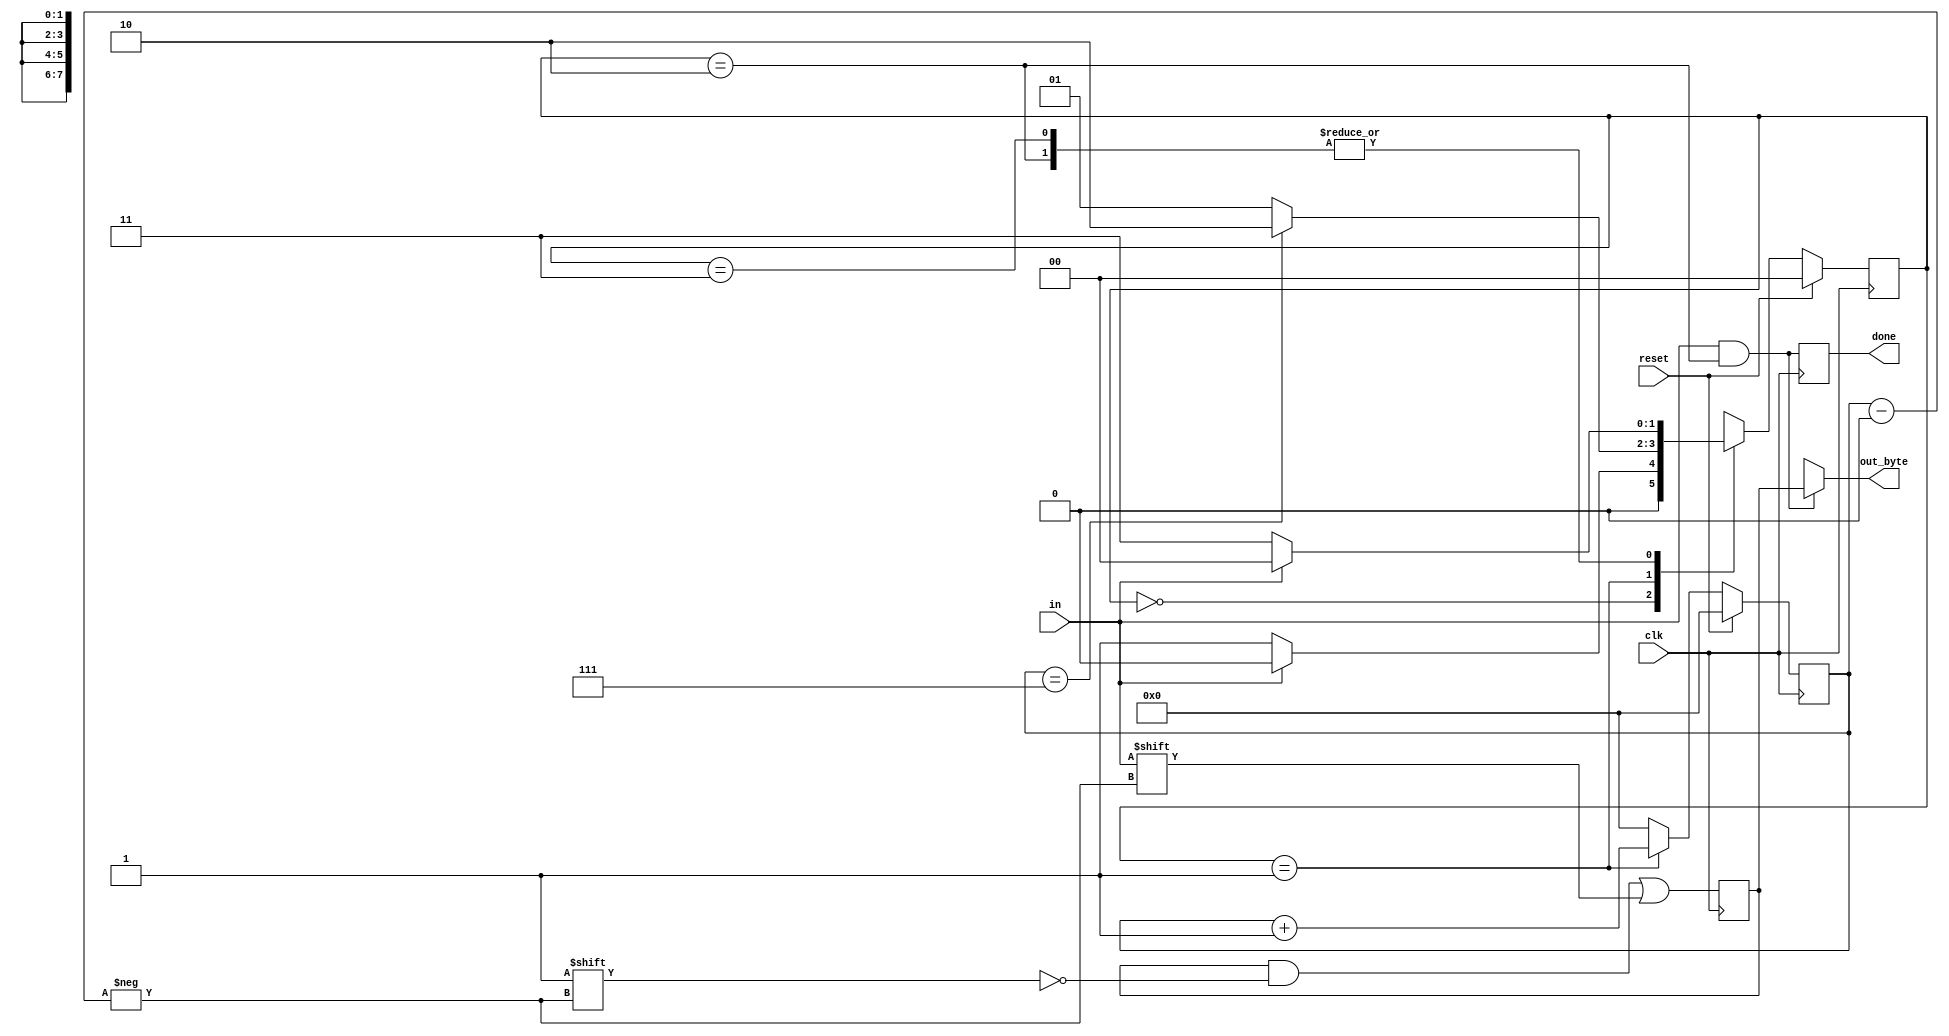
module top_module(
    input clk,
    input in,
    input reset,    // Synchronous reset
    output [7:0] out_byte,
    output done
);

    // Use FSM from Fsm_serial
    parameter IDLE=0, START=1, DONE=2, STOP=3;
    
    reg [1:0] state=IDLE, next_state;
    reg [3:0] counter=4'b0;
    reg [7:0] t_out;
    
    always @(posedge clk) begin
        if (reset) state <= IDLE;
        else state <= next_state;
    end
    
    always @(posedge clk) begin
        if (reset) counter <= '0;
        else if (state == START) counter <= counter + 1'b1;
        else counter <= '0;
        
        t_out[counter] = in;
        done <= in && state == DONE;
    end
    
    always @(*) begin
        case (state)
            IDLE: next_state = in ? IDLE : START;
            START: next_state = counter == 7 ? DONE : START;
            DONE: next_state = in ? IDLE : STOP;
            STOP: next_state = in ? IDLE : STOP;
        endcase
    end

    // New: Datapath to latch input bits.
    assign out_byte = in && state == DONE ? t_out : 8'bx;

endmodule